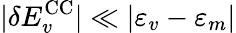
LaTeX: |\delta E_{v}^{\mathrm{CC}}|\ll|\varepsilon_{v}-\varepsilon_{m}|